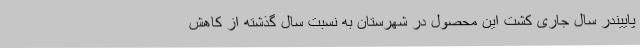
پاییندر سال جاری کشت این محصول در شهرستان به نسبت سال گذشته از کاهش